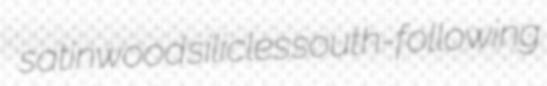
satinwood silicles south-following